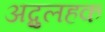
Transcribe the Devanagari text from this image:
अब्दुलहक